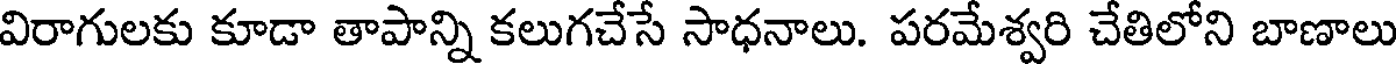
విరాగులకు కూడా తాపాన్ని కలుగచేసే సాధనాలు. పరమేశ్వరి చేతిలోని బాణాలు